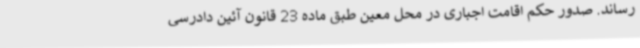
رساند. صدور حکم اقامت اجباری در محل معین طبق ماده 23 قانون آئین دادرسی